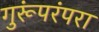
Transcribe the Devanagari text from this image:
गुरूंपरंपरा